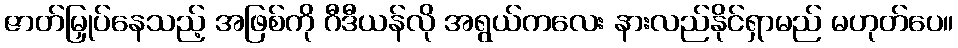
ဇာတ်မြှုပ်နေသည့် အဖြစ်ကို ဂီဒီယန်လို အရွယ်ကလေး နားလည်နိုင်ရှာမည် မဟုတ်ပေ။